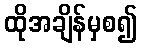
ထိုအချိန်မှစ၍